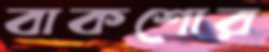
বাকশোর